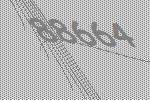
88664